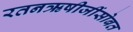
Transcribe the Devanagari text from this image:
रतनऋषीजींसोबत